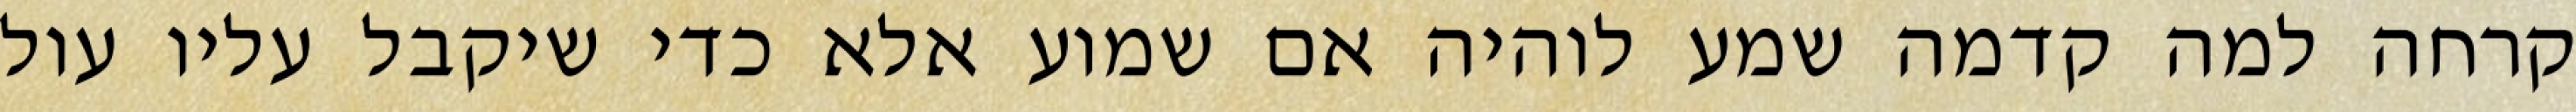
קרחה למה קדמה שמע לוהיה אם שמוע אלא כדי שיקבל עליו עול